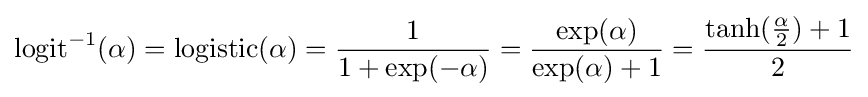
\operatorname {logit} ^{-1}(\alpha )=\operatorname {logistic} (\alpha )={\frac {1}{1+\exp(-\alpha )}}={\frac {\exp(\alpha )}{\exp(\alpha )+1}}={\frac {\tanh({\frac {\alpha }{2}})+1}{2}}